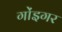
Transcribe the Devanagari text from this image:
गोंइगर